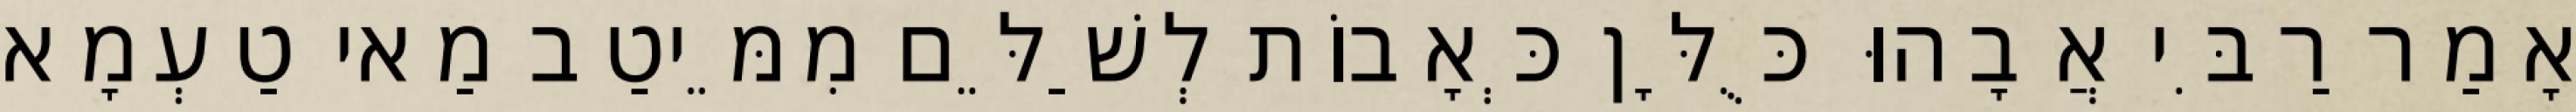
אָמַר רַבִּי אֲבָהוּ כֻּלָּן כְּאָבוֹת לְשַׁלֵּם מִמֵּיטַב מַאי טַעְמָא